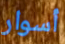
أسوار